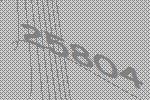
25804